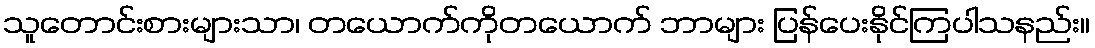
သူတောင်းစားများသာ၊ တယောက်ကိုတယောက် ဘာများ ပြန်ပေးနိုင်ကြပါသနည်း။